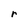
Character: r